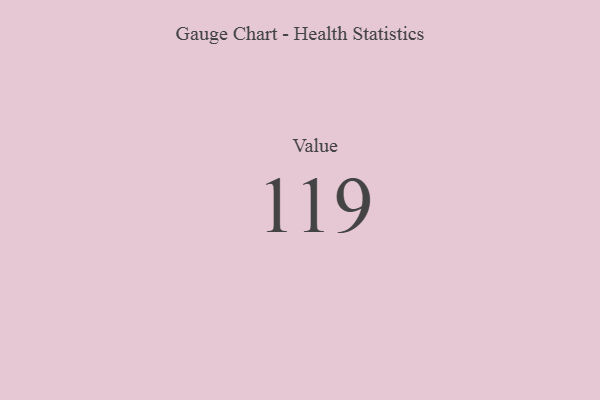
{"axis": {"x": "Metric", "y": "Value"}, "legend": [""], "data": [{"x": "Value", "y": 119, "type": ""}]}